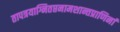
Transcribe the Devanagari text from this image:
तापत्रयाग्नितप्तनामशान्तप्राणिनां